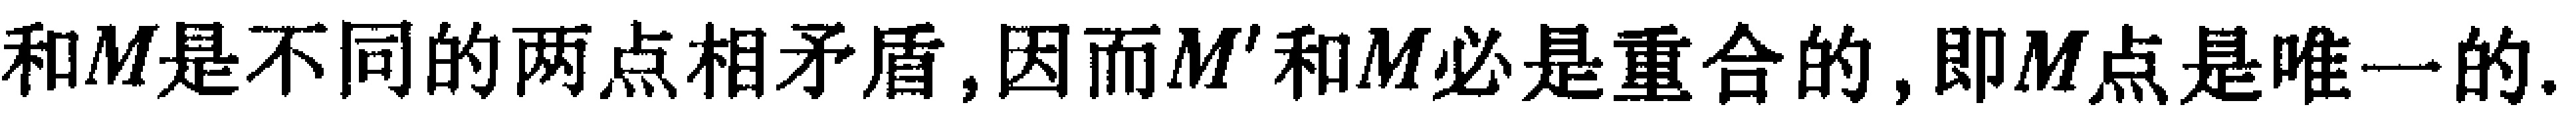
和\(M\)是不同的两点相矛盾,因而\(M'\)和\(M\)必是重合的,即\(M\)点是唯一的.